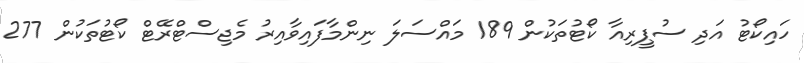
ހައިކޯޓު އަދި ސުޕީރިއާ ކޯޓުތަކުން 189 މައްސަލަ ނިންމާފައިވާއިރު މެޖިސްޓްރޭޓް ކޯޓުތަކުން 277